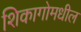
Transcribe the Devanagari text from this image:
शिकागोमधील